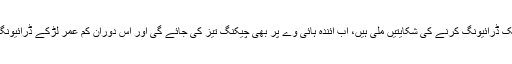
ڈی وائی ایس پی نے بتایا کہ بھٹکل نیشنل ہائی وے پر کم عمر لڑکے بغیر لائسنس تیز رفتاری کے ساتھ بائک ڈرائیونگ کرنے کی شکایتیں ملی ہیں، اب آئندہ ہائی وے پر بھی چیکنگ تیز کی جائے گی اور اس دوران کم عمر لڑکے ڈرائیونگ کرتے ہوئے پکڑے جاتے ہیں تو اُس صورت میں اُن کے والدین کے خلاف معاملات درج کئے جائیں گے۔